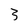
Character: 3